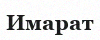
Имарат